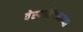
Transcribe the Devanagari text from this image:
वेस्पाशियनाच्या